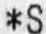
*S